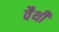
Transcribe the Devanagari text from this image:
वैथी